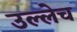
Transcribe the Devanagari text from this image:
उल्लेच